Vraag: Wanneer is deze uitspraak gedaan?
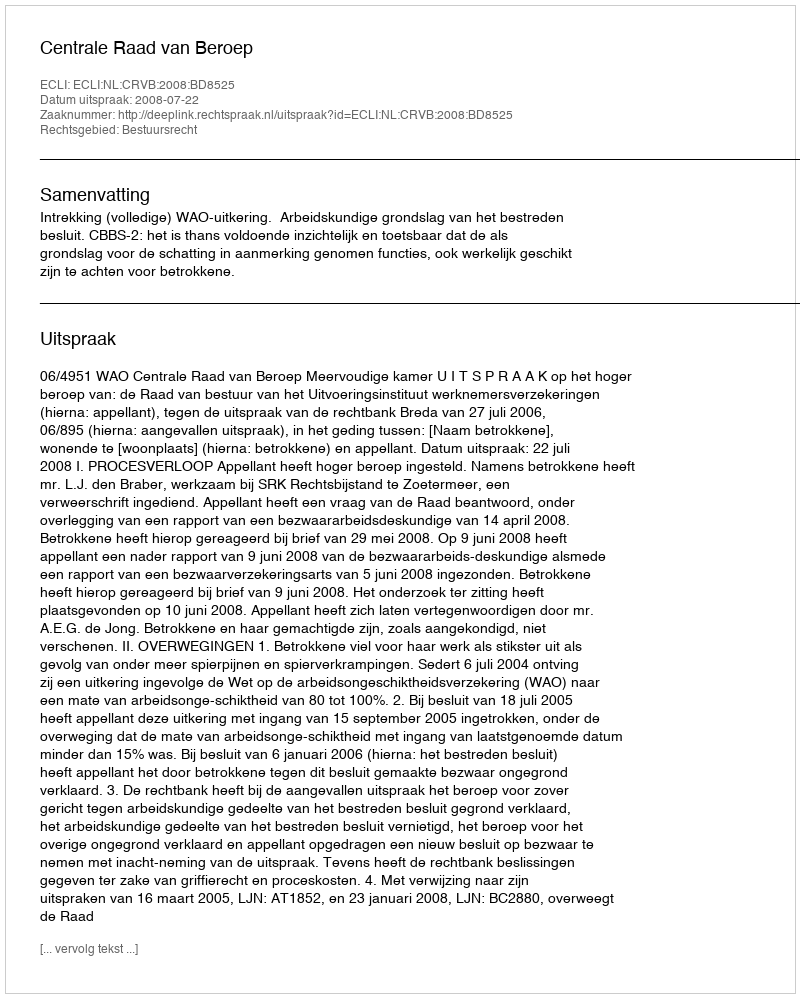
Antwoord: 2008-07-22